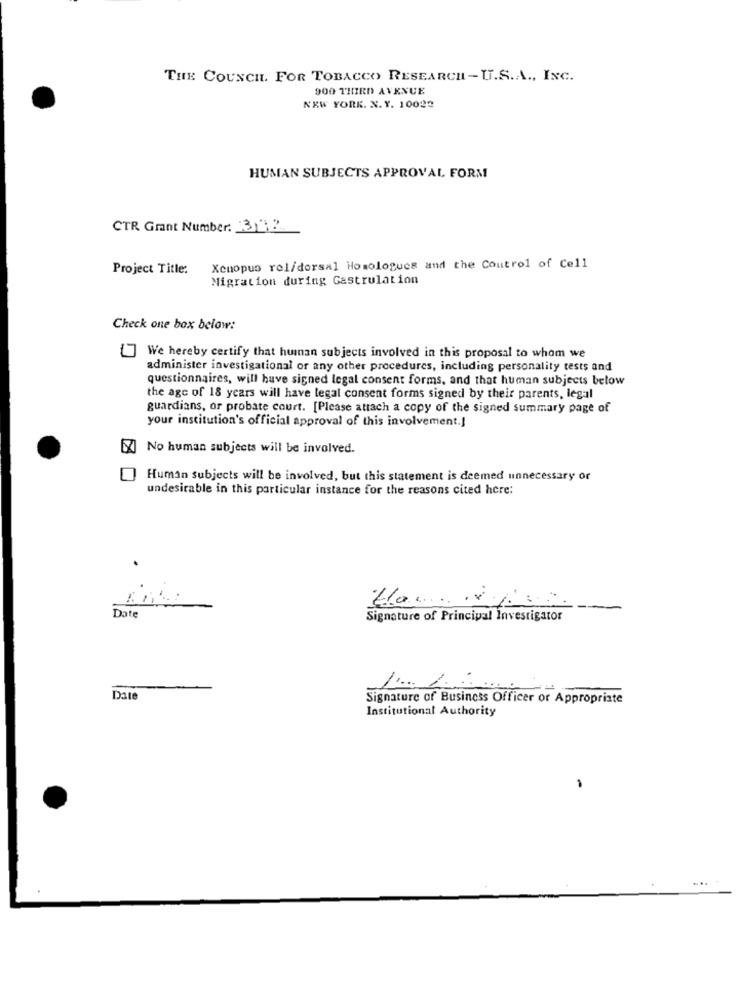
THE COUNCIL. FOR TOBACCO RESEARCH-U.S.A ., INC.
900 THIRD AVENUE
NEW YORK. X. Y. 10022
HUMAN SUBJECTS APPROVAL FORM
CTR Grant Number: 3 2 2.
Project Title:
Xenopus rel/dorsal Homologues and the Control of Cell
Migration during Gastrulation
Check one box below:
" We hereby certify that hunan subjects involved in this proposal to whom we
administer investigational or any other procedures, including personality tests and
questionnaires, will have signed legal consent forms, and that human subjects below
the age of 18 years will have legal consent forms signed by their parents, legal
guardians, or probate court. [Please attach a copy of the signed summary page of
your institution's official approval of this involvement.]
[X] No human subjects will be involved.
Human subjects will be involved, but this statement is deemed unnecessary or
undesirable in this particular instance for the reasons cited here:
-
Date
Signature of Principal Investigator
Date
Signature of Business Officer or Appropriate
Institutional Authority